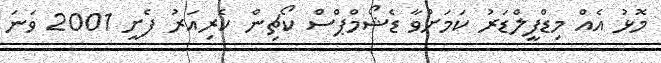
މޮޅު އެއް މިޑްފީލްޑަރު ކަމަށްވާ ޑެޝޯމްޕްސް ކޯޗިން ކެރިއަރު ފެށީ 2001 ވަނަ